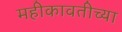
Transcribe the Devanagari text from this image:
महीकावतीच्या